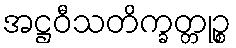
အဋ္ဌဝီသတိက္ခတ္တုဉ္စ